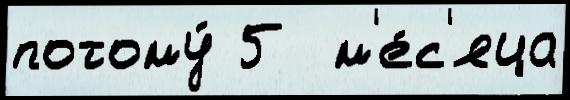
потому́ 5  м'е́с'яца